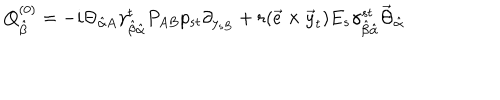
Q _ { \hat { \beta } } ^ { ( 0 ) } = - i \Theta _ { \hat { \alpha } A } \gamma _ { \hat { \beta } \hat { \alpha } } ^ { t } P _ { A B } p _ { s t } \partial _ { y _ { s B } } + r ( \vec { e } \times \vec { y } _ { t } ) E _ { s } \gamma _ { \hat { \beta } \hat { \alpha } } ^ { s t } \vec { \Theta } _ { \hat { \alpha } }